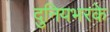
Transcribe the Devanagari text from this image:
दुनियभरके